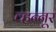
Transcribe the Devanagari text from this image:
व्हन्‍नूर